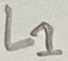
Text: L1